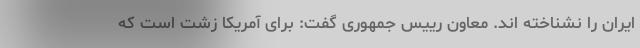
ایران را نشناخته اند. معاون رییس جمهوری گفت: برای آمریکا زشت است که